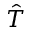
\hat { T }